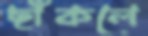
ছাঁকলে